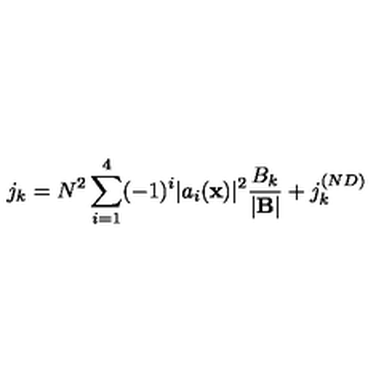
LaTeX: j _ { k } = N ^ { 2 } \sum _ { i = 1 } ^ { 4 } ( - 1 ) ^ { i } | a _ { i } ( { \bf x } ) | ^ { 2 } \frac { B _ { k } } { | { \bf B } | } + j _ { k } ^ { ( N D ) }